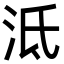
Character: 泜